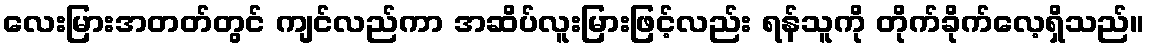
လေးမြားအတတ်တွင် ကျင်လည်ကာ အဆိပ်လူးမြားဖြင့်လည်း ရန်သူကို တိုက်ခိုက်လေ့ရှိသည်။